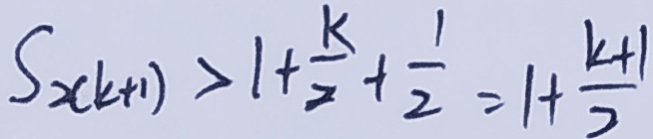
S _ { 2 ( k + 1 ) } > 1 + \frac { k } { 2 } + \frac { 1 } { 2 } = 1 + \frac { k + 1 } { 2 }